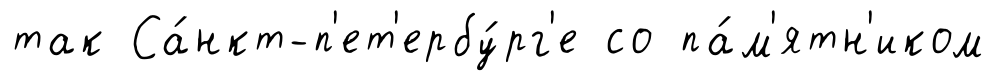
так Са́нкт-п'ет'ербу́рг'е со па́м'ятн'иком